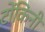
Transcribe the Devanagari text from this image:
टोंकिनी